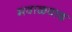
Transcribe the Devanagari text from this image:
मवाळवाद